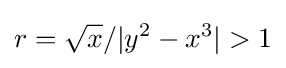
r={\sqrt {x}}/|y^{2}-x^{3}|>1